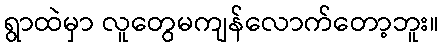
ရွာထဲမှာ လူတွေမကျန်လောက်တော့ဘူး။